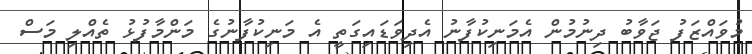
މުވައްޒަފު ޖަވާބު ދިނުމުން އެމަނިކުފާނު އެދިވަޑައިގަތީ އެ މަނިކުފާނުގެ މަންމާފުޅު ތެއްލި މަސް